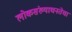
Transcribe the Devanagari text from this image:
लोकसंख्याघनतेचा